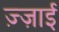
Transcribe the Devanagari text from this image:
ज़्ज़ाई